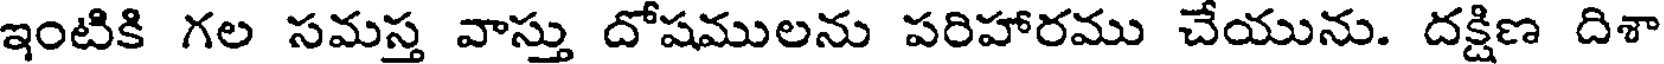
ఇంటికి గల సమస్త వాస్తు దోషములను పరిహారము చేయును. దక్షిణ దిశా